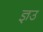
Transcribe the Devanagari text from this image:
ज्ञउ